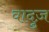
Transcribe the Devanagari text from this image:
वादुज़